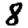
Digit: 8